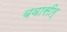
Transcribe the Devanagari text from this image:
बवासीर्